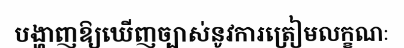
បង្ហាញឱ្យឃើញច្បាស់នូវការត្រៀមលក្ខណៈ